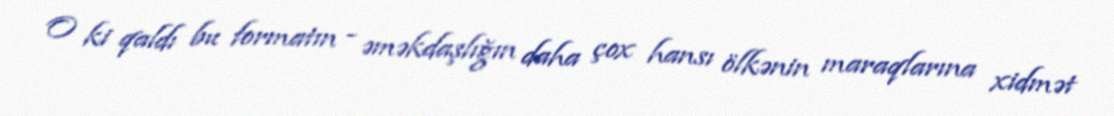
O ki qaldı bu formatın - əməkdaşlığın daha çox hansı ölkənin maraqlarına xidmət